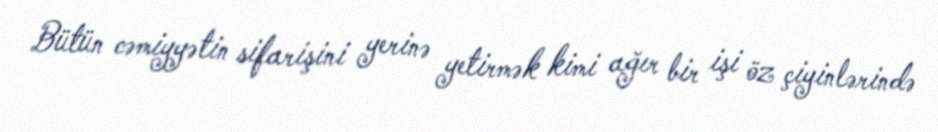
Bütün cəmiyyətin sifarişini yerinə yetirmək kimi ağır bir işi öz çiyinlərində